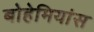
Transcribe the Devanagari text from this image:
बोहेमियांस